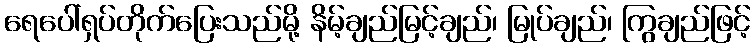
ရေပေါ်ရှပ်တိုက်ပြေးသည်မို့ နိမ့်ချည်မြင့်ချည်၊ မြုပ်ချည်၊ ကြွချည်ဖြင့်